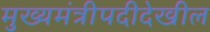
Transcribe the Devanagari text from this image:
मुख्यमंत्रीपदीदेखील